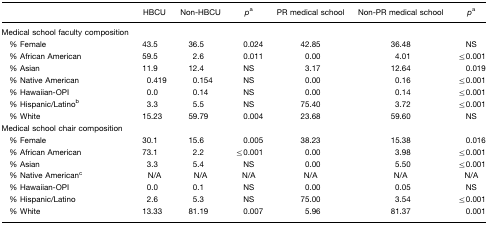
<table><thead><tr><td></td><td><b>HBCU</b></td><td><b>Non-HBCU</b></td><td><b><i>p</i>a</b></td><td><b>PR medical school</b></td><td><b>Non-PR medical school</b></td><td><b><i>p</i>a</b></td></tr></thead><tbody><tr><td>Medical school faculty composition</td><td></td><td></td><td></td><td></td><td></td><td></td></tr><tr><td> % Female</td><td>43.5</td><td>36.5</td><td>0.024</td><td>42.85</td><td>36.48</td><td>NS</td></tr><tr><td> % African American</td><td>59.5</td><td>2.6</td><td>0.011</td><td>0.00</td><td>4.01</td><td>≤0.001</td></tr><tr><td> % Asian</td><td>11.9</td><td>12.4</td><td>NS</td><td>3.17</td><td>12.64</td><td>0.019</td></tr><tr><td> % Native American</td><td>0.419</td><td>0.154</td><td>NS</td><td>0.00</td><td>0.16</td><td>≤0.001</td></tr><tr><td> % Hawaiian-OPI</td><td>0.0</td><td>0.14</td><td>NS</td><td>0.00</td><td>0.14</td><td>≤0.001</td></tr><tr><td> % Hispanic/Latinob</td><td>3.3</td><td>5.5</td><td>NS</td><td>75.40</td><td>3.72</td><td>≤0.001</td></tr><tr><td> % White</td><td>15.23</td><td>59.79</td><td>0.004</td><td>23.68</td><td>59.60</td><td>NS</td></tr><tr><td>Medical school chair composition</td><td></td><td></td><td></td><td></td><td></td><td></td></tr><tr><td> % Female</td><td>30.1</td><td>15.6</td><td>0.005</td><td>38.23</td><td>15.38</td><td>0.016</td></tr><tr><td> % African American</td><td>73.1</td><td>2.2</td><td>≤0.001</td><td>0.00</td><td>3.98</td><td>≤0.001</td></tr><tr><td> % Asian</td><td>3.3</td><td>5.4</td><td>NS</td><td>0.00</td><td>5.50</td><td>≤0.001</td></tr><tr><td> % Native Americanc</td><td>N/A</td><td>N/A</td><td>N/A</td><td>N/A</td><td>N/A</td><td>N/A</td></tr><tr><td> % Hawaiian-OPI</td><td>0.0</td><td>0.1</td><td>NS</td><td>0.00</td><td>0.05</td><td>NS</td></tr><tr><td> % Hispanic/Latino</td><td>2.6</td><td>5.3</td><td>NS</td><td>75.00</td><td>3.54</td><td>≤0.001</td></tr><tr><td> % White</td><td>13.33</td><td>81.19</td><td>0.007</td><td>5.96</td><td>81.37</td><td>0.001</td></tr></tbody></table>